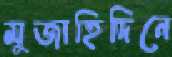
মুজাহিদিনে